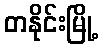
တနိုင်းမြို့